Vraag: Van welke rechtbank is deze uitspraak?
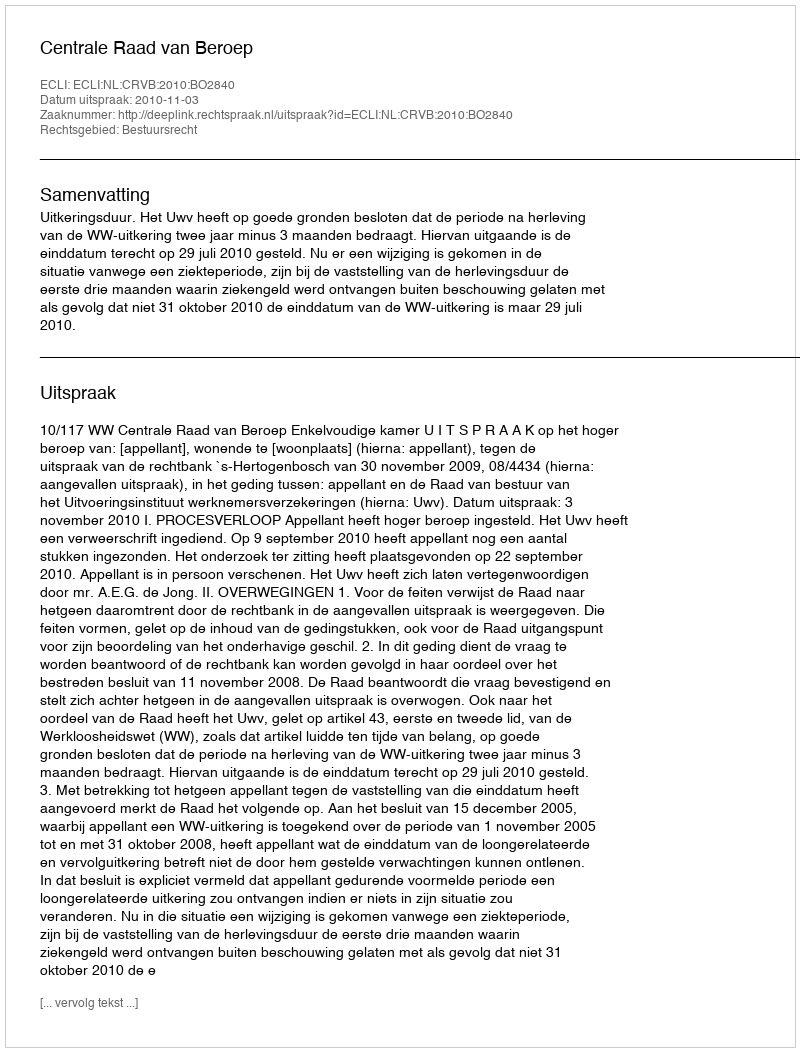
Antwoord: Centrale Raad van Beroep